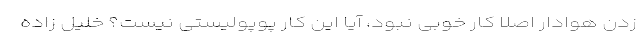
زدن هوادار اصلا کار خوبی نبود، آیا این کار پوپولیستی نیست؟ خلیل زاده